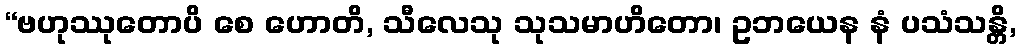
“ဗဟုဿုတောပိ စေ ဟောတိ, သီလေသု သုသမာဟိတော၊ ဥဘယေန နံ ပသံသန္တိ,